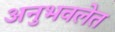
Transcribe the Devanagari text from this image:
अनुभवलेत